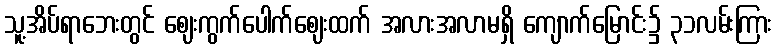
သူ့အိပ်ရာဘေးတွင် ဈေးကွက်ပေါက်ဈေးထက် အလားအလာမရှိ ကျောက်မြောင်း၌ ၃၁လမ်းကြား